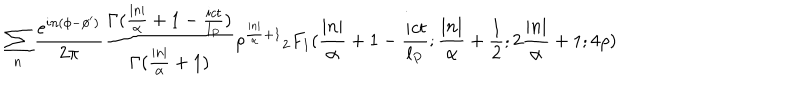
LaTeX: \sum _ { n } \frac { e ^ { i n ( \phi - \phi ^ { \prime } ) } } { 2 \pi } \frac { \Gamma ( \frac { | n | } { \alpha } + 1 - \frac { i c t } { l _ { P } } ) } { \Gamma ( \frac { | n | } { \alpha } + 1 ) } \rho ^ { \frac { | n | } { \alpha } + 1 } { _ 2 F _ { 1 } } ( \frac { | n | } { \alpha } + 1 - \frac { i c t } { l _ { P } } ; \frac { | n | } { \alpha } + \frac { 1 } { 2 } ; 2 \frac { | n | } { \alpha } + 1 ; 4 \rho )